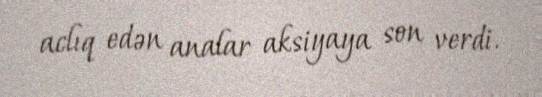
aclıq edən analar aksiyaya son verdi.